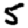
Digit: 5